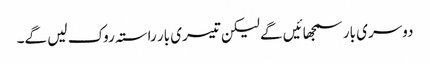
دوسری بار سمجھائیں گے لیکن تیسری بار راستہ روک لیں گے۔